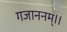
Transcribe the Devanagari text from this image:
गजाननम्।।